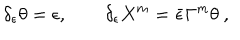
LaTeX: \delta _ { \epsilon } \theta = \epsilon , \qquad \delta _ { \epsilon } X ^ { m } = \bar { \epsilon } \Gamma ^ { m } \theta \ ,